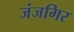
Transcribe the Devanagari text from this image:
जंजगिर